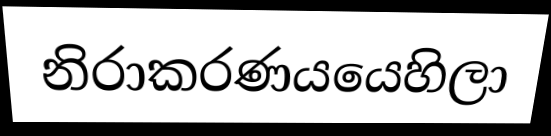
නිරාකරණයයෙහිලා